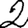
Digit: 2